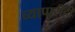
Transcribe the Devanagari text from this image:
व्यापारीही